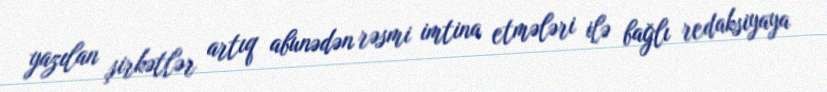
yazılan şirkətlər artıq abunədən rəsmi imtina etmələri ilə bağlı redaksiyaya